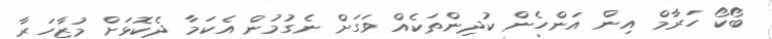
ބޯކޯ ހަރާމް އިން އަންހެން ކުދިންތަކެއް ވަގަށް ނެގުމުން އެކަމާ ދެކޮޅަށް މުޒާހަރާ